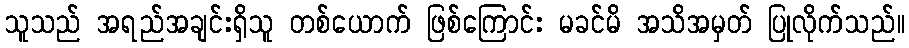
သူသည် အရည်အချင်းရှိသူ တစ်ယောက် ဖြစ်ကြောင်း မခင်မိ အသိအမှတ် ပြုလိုက်သည်။